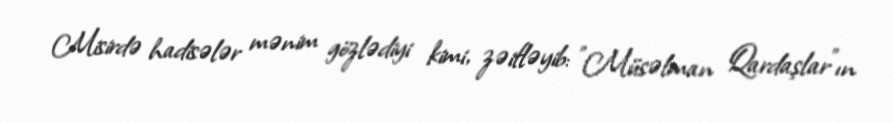
Misirdə hadisələr mənim gözlədiyi kimi, zəifləyib: "Müsəlman Qardaşlar"ın